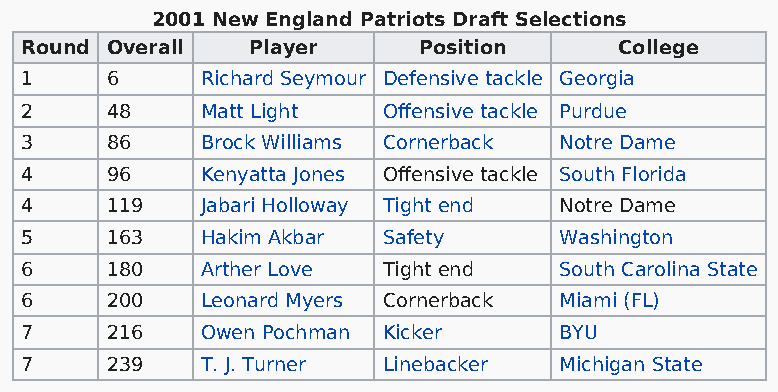
2001 New England Patriots Draft Selections
 Round Overall  Player      Position     College
 1     6     Richard Seymour Defensive tackle Georgia
 2     48    Matt Light  Offensive tackle Purdue
 3     86    Brock Williams Cornerback Notre Dame
 4     96    Kenyatta Jones Offensive tackle South Florida
 4     119   Jabari Holloway Tight end Notre Dame
 5     163   Hakim Akbar Safety      Washington
 6     180   Arther Love Tight end   South Carolina State
 6     200   Leonard Myers Cornerback Miami (FL)
 7     216   Owen Pochman Kicker     BYU
 7     239   T. J. Turner Linebacker Michigan State